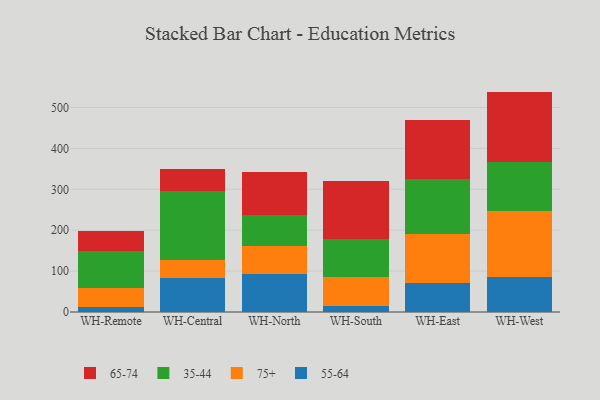
{"axis": {"x": "Warehouse", "y": "Humidity (%)"}, "legend": ["35-44", "55-64", "65-74", "75+"], "data": [{"x": "WH-Remote", "y": 12.1, "type": "55-64"}, {"x": "WH-Remote", "y": 45.5, "type": "75+"}, {"x": "WH-Remote", "y": 91.6, "type": "35-44"}, {"x": "WH-Remote", "y": 48.8, "type": "65-74"}, {"x": "WH-Central", "y": 83.7, "type": "55-64"}, {"x": "WH-Central", "y": 43.3, "type": "75+"}, {"x": "WH-Central", "y": 168.3, "type": "35-44"}, {"x": "WH-Central", "y": 53.3, "type": "65-74"}, {"x": "WH-North", "y": 92.2, "type": "55-64"}, {"x": "WH-North", "y": 70.3, "type": "75+"}, {"x": "WH-North", "y": 75.5, "type": "35-44"}, {"x": "WH-North", "y": 104.7, "type": "65-74"}, {"x": "WH-South", "y": 13.8, "type": "55-64"}, {"x": "WH-South", "y": 72.9, "type": "75+"}, {"x": "WH-South", "y": 92.6, "type": "35-44"}, {"x": "WH-South", "y": 142.0, "type": "65-74"}, {"x": "WH-East", "y": 71.3, "type": "55-64"}, {"x": "WH-East", "y": 119.6, "type": "75+"}, {"x": "WH-East", "y": 134.7, "type": "35-44"}, {"x": "WH-East", "y": 144.3, "type": "65-74"}, {"x": "WH-West", "y": 85.4, "type": "55-64"}, {"x": "WH-West", "y": 161.0, "type": "75+"}, {"x": "WH-West", "y": 121.0, "type": "35-44"}, {"x": "WH-West", "y": 171.5, "type": "65-74"}]}